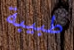
طبيبة